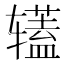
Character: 𰺡